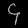
Digit: ၄